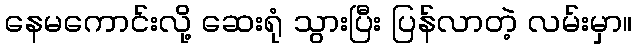
နေမကောင်းလို့ ဆေးရုံ သွားပြီး ပြန်လာတဲ့ လမ်းမှာ။